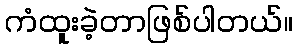
ကံထူးခဲ့တာဖြစ်ပါတယ်။